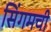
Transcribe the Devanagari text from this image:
सिंगमची